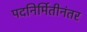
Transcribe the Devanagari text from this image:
पदनिर्मितीनंतर